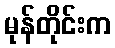
မုန်တိုင်းက